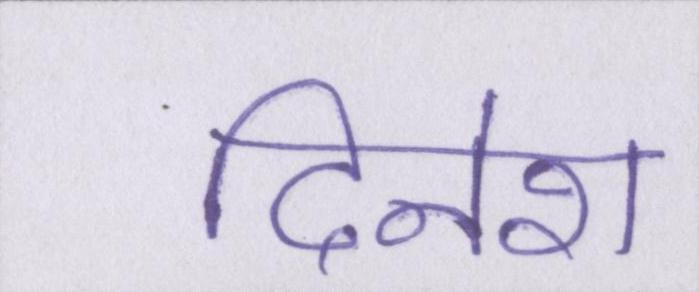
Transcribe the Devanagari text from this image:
दिनेश